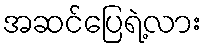
အဆင်ပြေရဲ့လား